Report on the working of the Ranchi Indian Mental Hospital, Kanke, in Bihar and Orissa - 1930-1940
Year: 1930
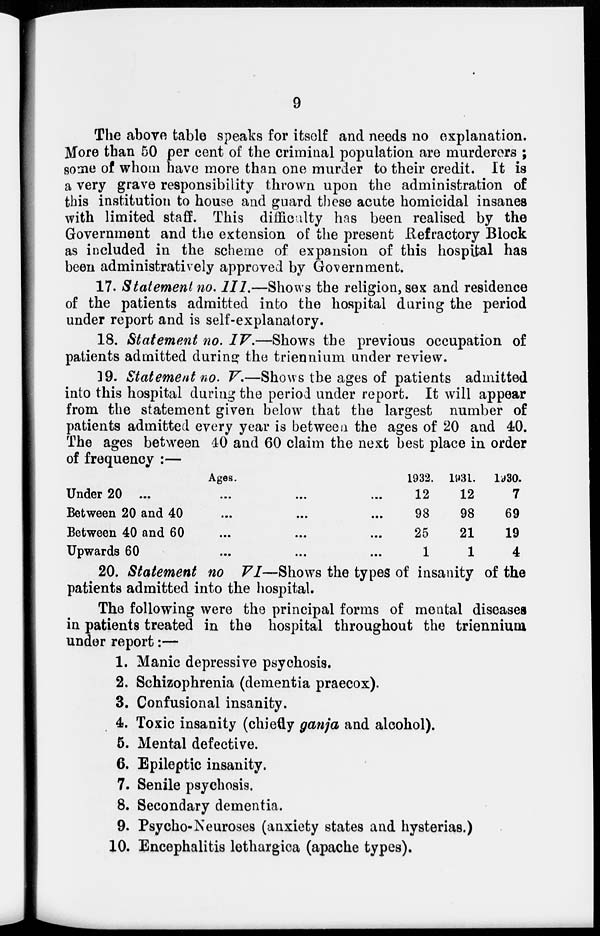
9
The above table speaks for itself and needs no explanation.
More than 50 per cent of the criminal population are murderers ;
some of whom have more than one murder to their credit. It is
a very grave responsibility thrown upon the administration of
this institution to house and guard these acute homicidal insanes
with limited staff. This difficulty has been realised by the
Government and the extension of the present Refractory Block
as included in the scheme of expansion of this hospital has
been administratively approved by Government.
17. Statement no. III.—Shows the religion, sex and residence
of the patients admitted into the hospital during the period
under report and is self-explanatory.
18. Statement no. IV.—Shows the previous occupation of
patients admitted during the triennium under review.
19. Statement no. V.—Shows the ages of patients admitted
into this hospital during the period under report. It will appear
from the statement given below that the largest number of
patients admitted every year is between the ages of 20 and 40.
The ages between 40 and 60 claim the next best place in order
of frequency :—
Ages.
Under 20 ... ... ... ...
Between 20 and 40 ... ... ...
Between 40 and 60 ... ... ...
Upwards 60 ... ... ... ...
1932.
12
98
25
1
1931.
12
98
21
1
1930.
7
69
19
4
20. Statement no VI—Shows the types of insanity of the
patients admitted into the hospital.
The following were the principal forms of mental diseases
in patients treated in the hospital throughout the triennium
under report:—
1. Manic depressive psychosis.
2. Schizophrenia (dementia praecox).
3. Confusional insanity.
4. Toxic insanity (chiefly ganja and alcohol).
5. Mental defective.
6. Epileptic insanity.
7. Senile psychosis.
8. Secondary dementia.
9. Psycho-Neuroses (anxiety states and hysterias.)
10. Encephalitis lethargica (apache types).